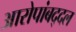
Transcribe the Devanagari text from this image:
आरोपांबद्दल